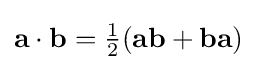
\mathbf {a} \cdot \mathbf {b} ={\tfrac {1}{2}}(\mathbf {ab} +\mathbf {ba} )